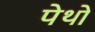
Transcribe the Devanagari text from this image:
पेथो